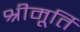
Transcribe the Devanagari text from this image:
श्रीमूर्ति